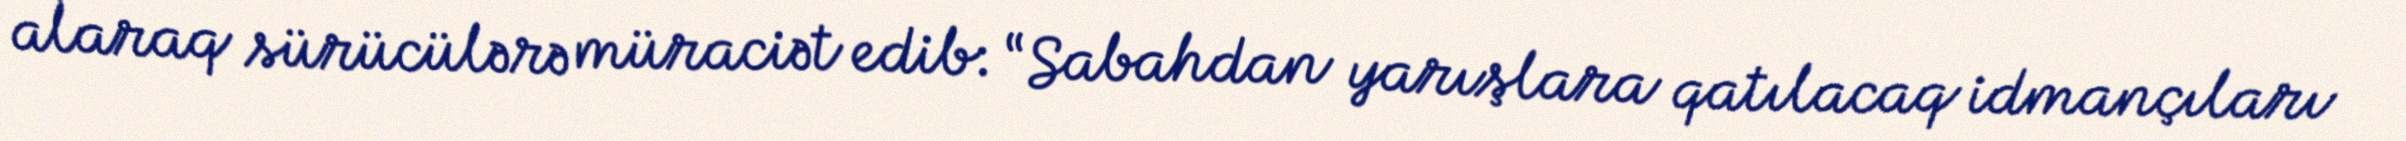
alaraq sürücülərə müraciət edib: “Sabahdan yarışlara qatılacaq idmançıları